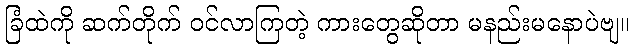
ခြံထဲကို ဆက်တိုက် ဝင်လာကြတဲ့ ကားတွေဆိုတာ မနည်းမနောပဲဗျ။